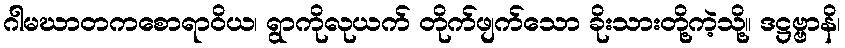
ဂါမဃာတကစောရာဝိယ၊ ရွာကိုလုယက် တိုက်ဖျက်သော ခိုးသားတို့ကဲ့သို့။ ဒဋ္ဌဗ္ဗာနိ၊